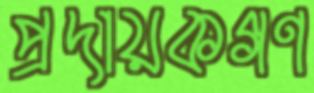
প্রদায়কগণ